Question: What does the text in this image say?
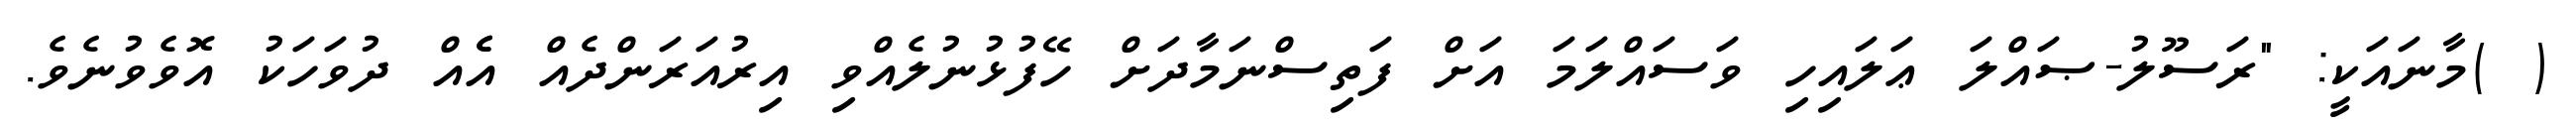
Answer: ( )މާނައަކީ: "ރަސޫލު-ޞައްލަ ޢަލައިހި ވަސައްލަމަ އަށް ފަތިސްނަމާދަށް ހޭފުޅުނުލެއްވި އިރުއަރަންދެއް އެެއް ދުވަހަކު އޮވެވުނެވެ.